Scottish Leaving Certificate Examination, 1960
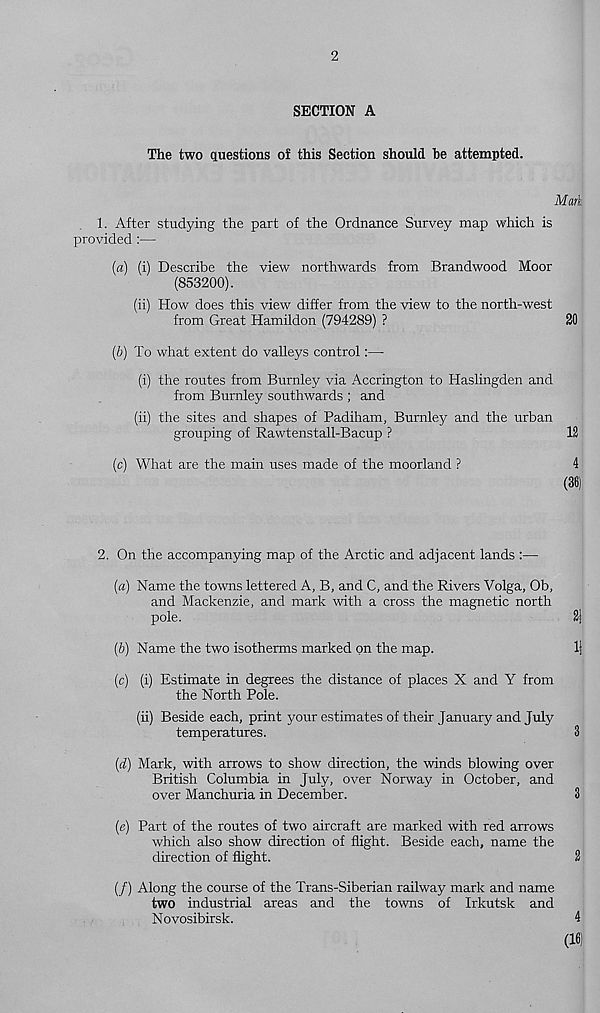
2
SECTION A
The two questions of this Section should be attempted.
Mark
1. After studying the part of the Ordnance Survey map which is
provided :—
(а) (i) Describe the view northwards from Brandwood Moor
(853200).
(ii) How does this view differ from the view to the north-west
from Great Hamildon (794289) ?
20
(б) To what extent do valleys control:—
(i) the routes from Burnley via Accrington to Haslingden and
from Burnley southwards ; and
(ii) the sites and shapes of Padiham, Burnley and the urban
grouping of Rawtenstall-Bacup ?
12
(c) What are the main uses made of the moorland ?
4
(36)
2. On the accompanying map of the Arctic and adjacent lands :—
(a) Name the towns lettered A, B, and C, and the Rivers Volga, Ob,
and Mackenzie, and mark with a cross the magnetic north
pole.
2|
(b) Name the two isotherms marked on the map.
1|
(c) (i) Estimate in degrees the distance of places X and Y from
the North Pole.
(ii) Beside each, print your estimates of their January and July
temperatures.
3
(d) Mark, with arrows to show direction, the winds blowing over
British Columbia in July, over Norway in October, and
over Manchuria in December.
3
(e) Part of the routes of two aircraft are marked with red arrows
which also show direction of flight. Beside each, name the
direction of flight.
2
(/) Along the course of the Trans-Siberian railway mark and name
two industrial areas and the tows of Irkutsk and
Novosibirsk.
4
(16)